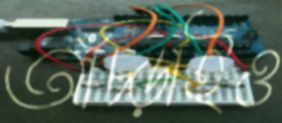
আঁচ্‌ড়াইও